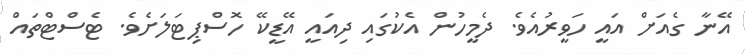
އޭނާ ގެއަށް އައީ ހަވީރުއެވެ. ދެމީހުން އެކުގައި ދިއައީ އޭޑީކޭ ހޮސްޕިޓަލަށެވެ. ޓެސްޓްތައް